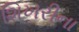
શિખરીના